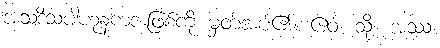
အသဒိသပါဟုနကအဖြစ်ကို မှတ်အပ်၏။ ဧဝံ၊ သို့။ အဿ၊